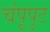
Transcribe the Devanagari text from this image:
चंपूपुट